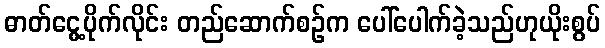
ဓာတ်ငွေ့ပိုက်လိုင်း တည်ဆောက်စဉ်က ပေါ်ပေါက်ခဲ့သည်ဟုယိုးစွပ်